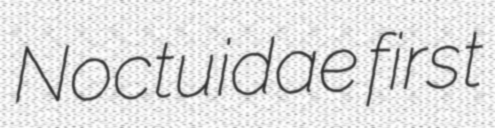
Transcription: Noctuidae first